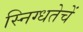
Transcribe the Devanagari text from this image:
स्निग्धतेचें